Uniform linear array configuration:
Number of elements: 8
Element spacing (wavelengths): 0.5
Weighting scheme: uniform
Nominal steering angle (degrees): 60
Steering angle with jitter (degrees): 61.499
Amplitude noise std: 0.05
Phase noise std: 0.05

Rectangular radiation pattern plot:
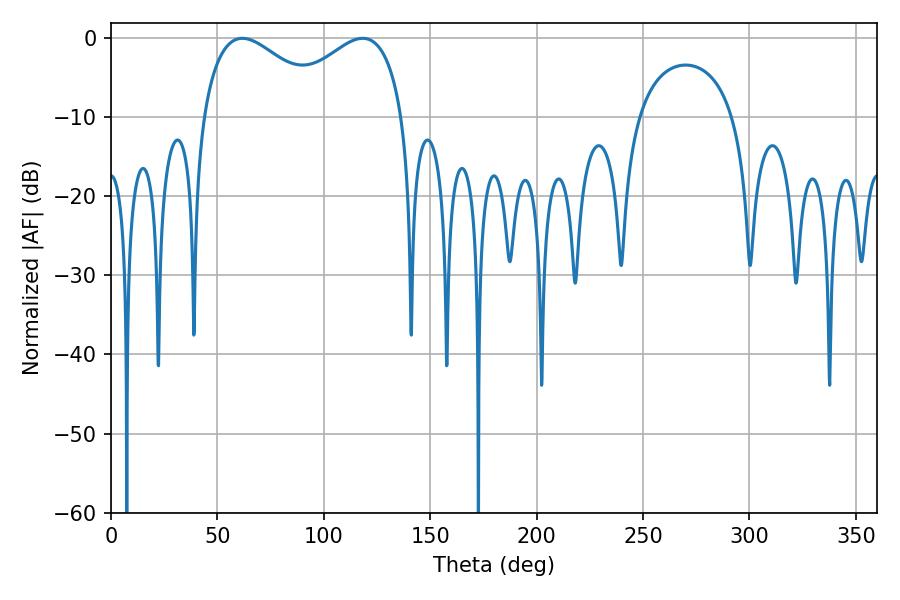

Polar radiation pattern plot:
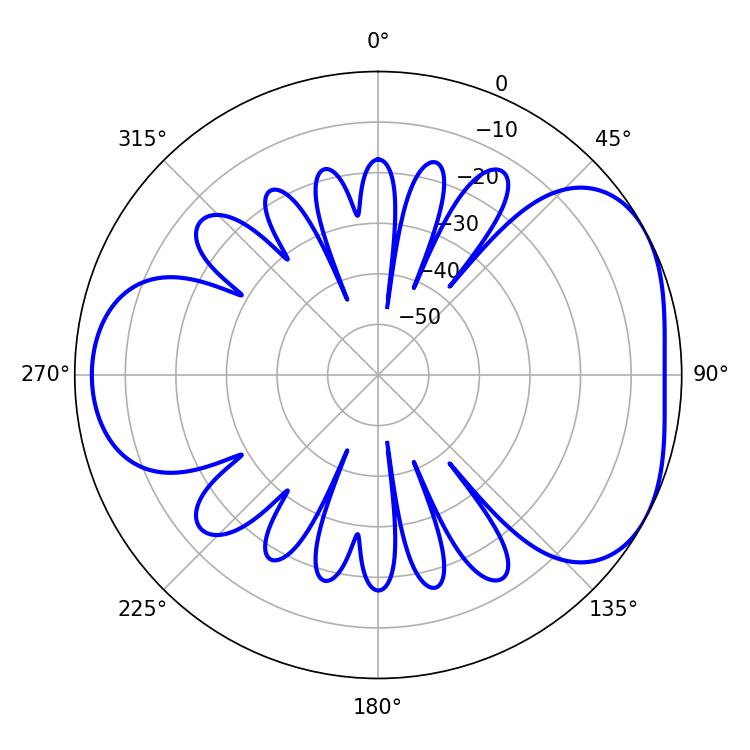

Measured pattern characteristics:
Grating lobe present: FALSE
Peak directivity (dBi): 4.431
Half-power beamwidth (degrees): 33.3
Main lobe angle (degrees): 61.74